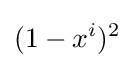
(1-x^{i})^{2}